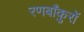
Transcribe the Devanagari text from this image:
रणबाँकुरों